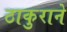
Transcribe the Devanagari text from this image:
ठाकुराने